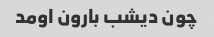
چون دیشب بارون اومد